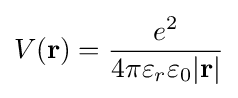
V(\mathbf {r} )={\frac {e^{2}}{4\pi \varepsilon _{r}\varepsilon _{0}|\mathbf {r} |}}